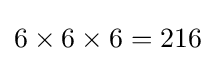
6\times 6\times 6=216